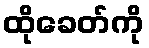
ထိုခေတ်ကို